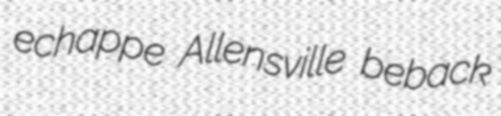
echappe Allensville beback